Vaccination in Burma 1920-1933 - 1920-1933
Year: 1920
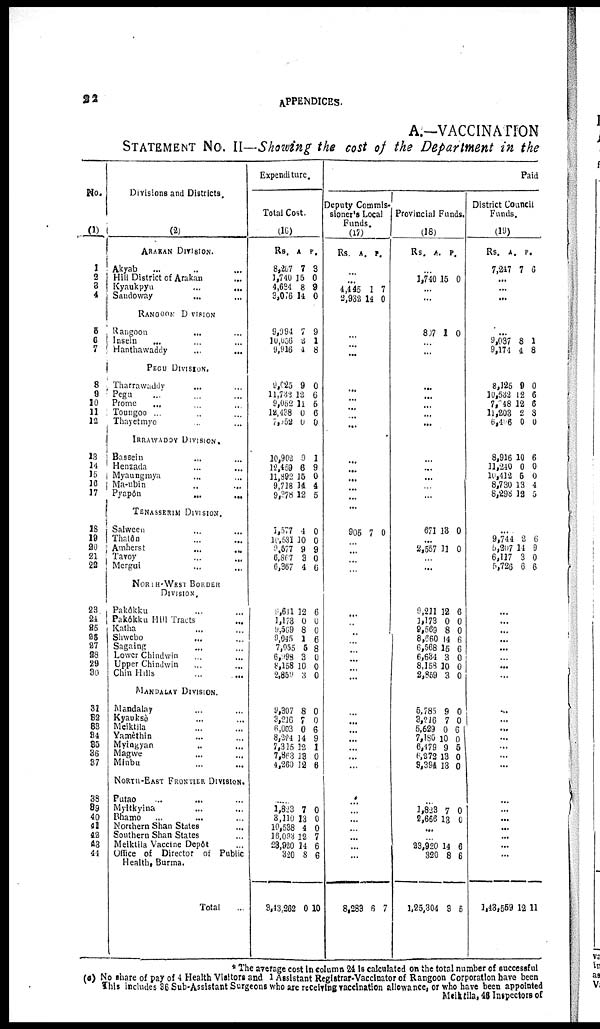
22
APPENDICES.
A.—VACCINATION
STATEMENT NO. II—Showing the cost of the Department in the
No.
(1)
1
2
3
4
5 6
7
8
9
10
11
12
13
14
15
16
17
18
19 20
21
22
23
24
25
26
27
28
29
30
31
32
33
34
35
36
37
38
39
40
41
42
43
44
Divisions and Districts.
(2)
ARAKAN DIVISION.
Akyab
...
...
...
Hill District of Arakan ...
Kyaukpyu
...
...
Sandoway ... ...
RANGOON DIVISION
Rangoon ... ...
Insein
... ... ...
Hanthawaddy
...
...
PEGU DIVISION.
Tharrawaddy ... ...
Pegu ... ... ...
Prome ... ...
Toungoo ... ... ...
Thayetmyo ... ...
IRRAWADDY DIVISION.
Bassein ... ...
Henzada ... ...
Myaungmya ... ...
Ma-ubin ... ...
Pyapôn ... ...
TENASSERIU DIVISION.
Salween ... ...
Thalôn ... ...
Amherst
...
...
Tavoy ... ...
Mergui ... ...
NORTH WEST BORDER
DIVISION.
Pakôkku ... ...
Pakôkku Hill Tracts ...
Katha ... ...
Shwebo
... ...
Sagaing ... ...
Lower Chindwin ... ...
Upper Chindwin ... ...
Chin Hills ... ...
MANDALAY DIVISION.
Mandalay ... ...
Kyauksè ... ...
Meiktlla ... ...
Yamèthin ... ...
Myingyan ... ...
Magwe
...
...
Minbu
...
...
NORTH-EAST FRONTIER DIVISION.
Putao ... ... ...
Myitkyina ... ...
Bhamo ... ...
Northern Shan States ...
Southern Shan States ...
Meiktila Vaccine Depôt ...
Office of Director of Public
Health, Burma.
Total ...
Expenditure.
Total Cost.
(16)
Rs.
8,267
1,740
4,634
3,076
A.
7
15
8
14
P.
3
0
9
0
9,994
10,036
9,916
7
2
4
9
1
8
9,025
11,732
9,062
12,438
7,052
9
12
11
0
0
0
6
5
6
0
10,902
12,459
11,892
9,718
9,378
9
6
15
14
12
1
9
0
4
5
1,577
10,531
9,677
6,867
6,367
4
10
9
3
4
0
0
9
0
6
9,611
1,173
9,569
9,045
7,955
6,998
8,158
2,859
9,307
3,216
6,003
8,224
7,315
7,863
4,260
12
0
8
1
5
3
10
3
8
7
0
14
12
13
12
6
0
0
6
8
0
0
0
0
0
6
9
1
0
6
...
1,823
3,110
10,538
16,093
28,920
320
3,43,262
7
13
4
12
14
8
0
0
0
0
7
6
6
10
Paid
Deputy Commis-
sioner's Local
Funds.
(17)
Rs.
A. P.
...
...
4,445
2,932
1
14
7
0
...
...
...
...
...
...
...
...
...
...
...
...
...
905 7 0
...
...
...
...
...
...
...
...
...
...
...
...
...
...
...
...
...
...
...
...
...
...
...
...
...
...
8,283 6 7
Provincial Funds.
(18)
Rs.
A. P.
...
1,740 15 0
...
...
807 1 0
...
...
...
...
...
... ...
...
...
...
...
..
671 13 0
...
2,557 11 0
...
...
9,211
1,173
9,569
8,660
6,568
6,634
8,153
2,859
12
0
8
14
15
3
10
3
6
0
0
6
6
0
0
0
5,705
5,785
5,629
7,180
6,479
6,272
9,394
9
9
0
10
9
13
13
0 0
6
0
5
0
0
...
1,823
2,666
7
13
0
0
...
...
23,920
320
1,25,304
14
8
3
6
6
5
District Council
Funds.
(19)
Rs.
7,247
A.
7
P.
6
...
...
...
...
9,037
9,174
8
4
1
8
8,125
10,532
7,048
11,203
6,406
9
12
12
2
0
0
6
6
3
0
8,916
11,240
10,412
8,730
8,298
10
0
5
13
12
6
0
0
4
5
...
9,744
5,207
6,117
5,726
2
14
3
6
6
9
0
6
...
...
...
...
... ...
...
...
...
...
...
...
...
...
...
...
...
...
...
...
...
1,43,559 12 11
*The average cost in column 24 is calculated on the total number of successful
(a) No share of pay of 4 Health Visitors and 1 Assistant Registrar-Vaccinator of Rangoon Corporation have been
This includes 36 Sub-Assistant Surgeons who are receiving vaccination allowance, or who have been appointed
Meiktila, 46 Inspectors of